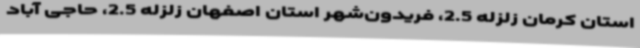
استان کرمان زلزله 2.5، فریدون‌شهر استان اصفهان زلزله 2.5، حاجی آباد